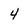
Character: 4